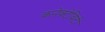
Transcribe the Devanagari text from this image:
कनेक्टेविटी